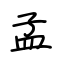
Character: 孟